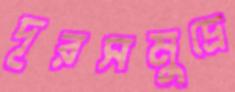
দূরসমুদ্রে